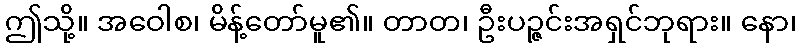
ဤသို့။ အဝေါစ၊ မိန့်တော်မူ၏။ တာတ၊ ဦးပဉ္ဇင်းအရှင်ဘုရား။ နော၊